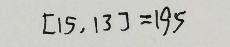
[ 1 5 , 1 3 ] = 1 9 5